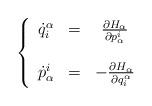
LaTeX: \begin{align*}\left\{\begin{array}{ccc}\dot{q}_i^\alpha & = & \frac{\partial H_\alpha}{\partial p^i_\alpha}\\& &\\\dot{p}^i_\alpha & = & -\frac{\partial H_\alpha}{\partial q_i^\alpha}\\\end{array}\right.\end{align*}